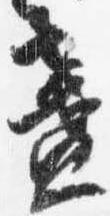
盞